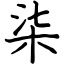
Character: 柒